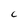
Character: C